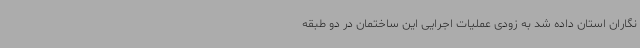
نگاران استان داده شد به زودی عملیات اجرایی این ساختمان در دو طبقه